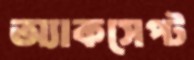
অ্যাকসেপ্ট